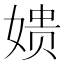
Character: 𫝬